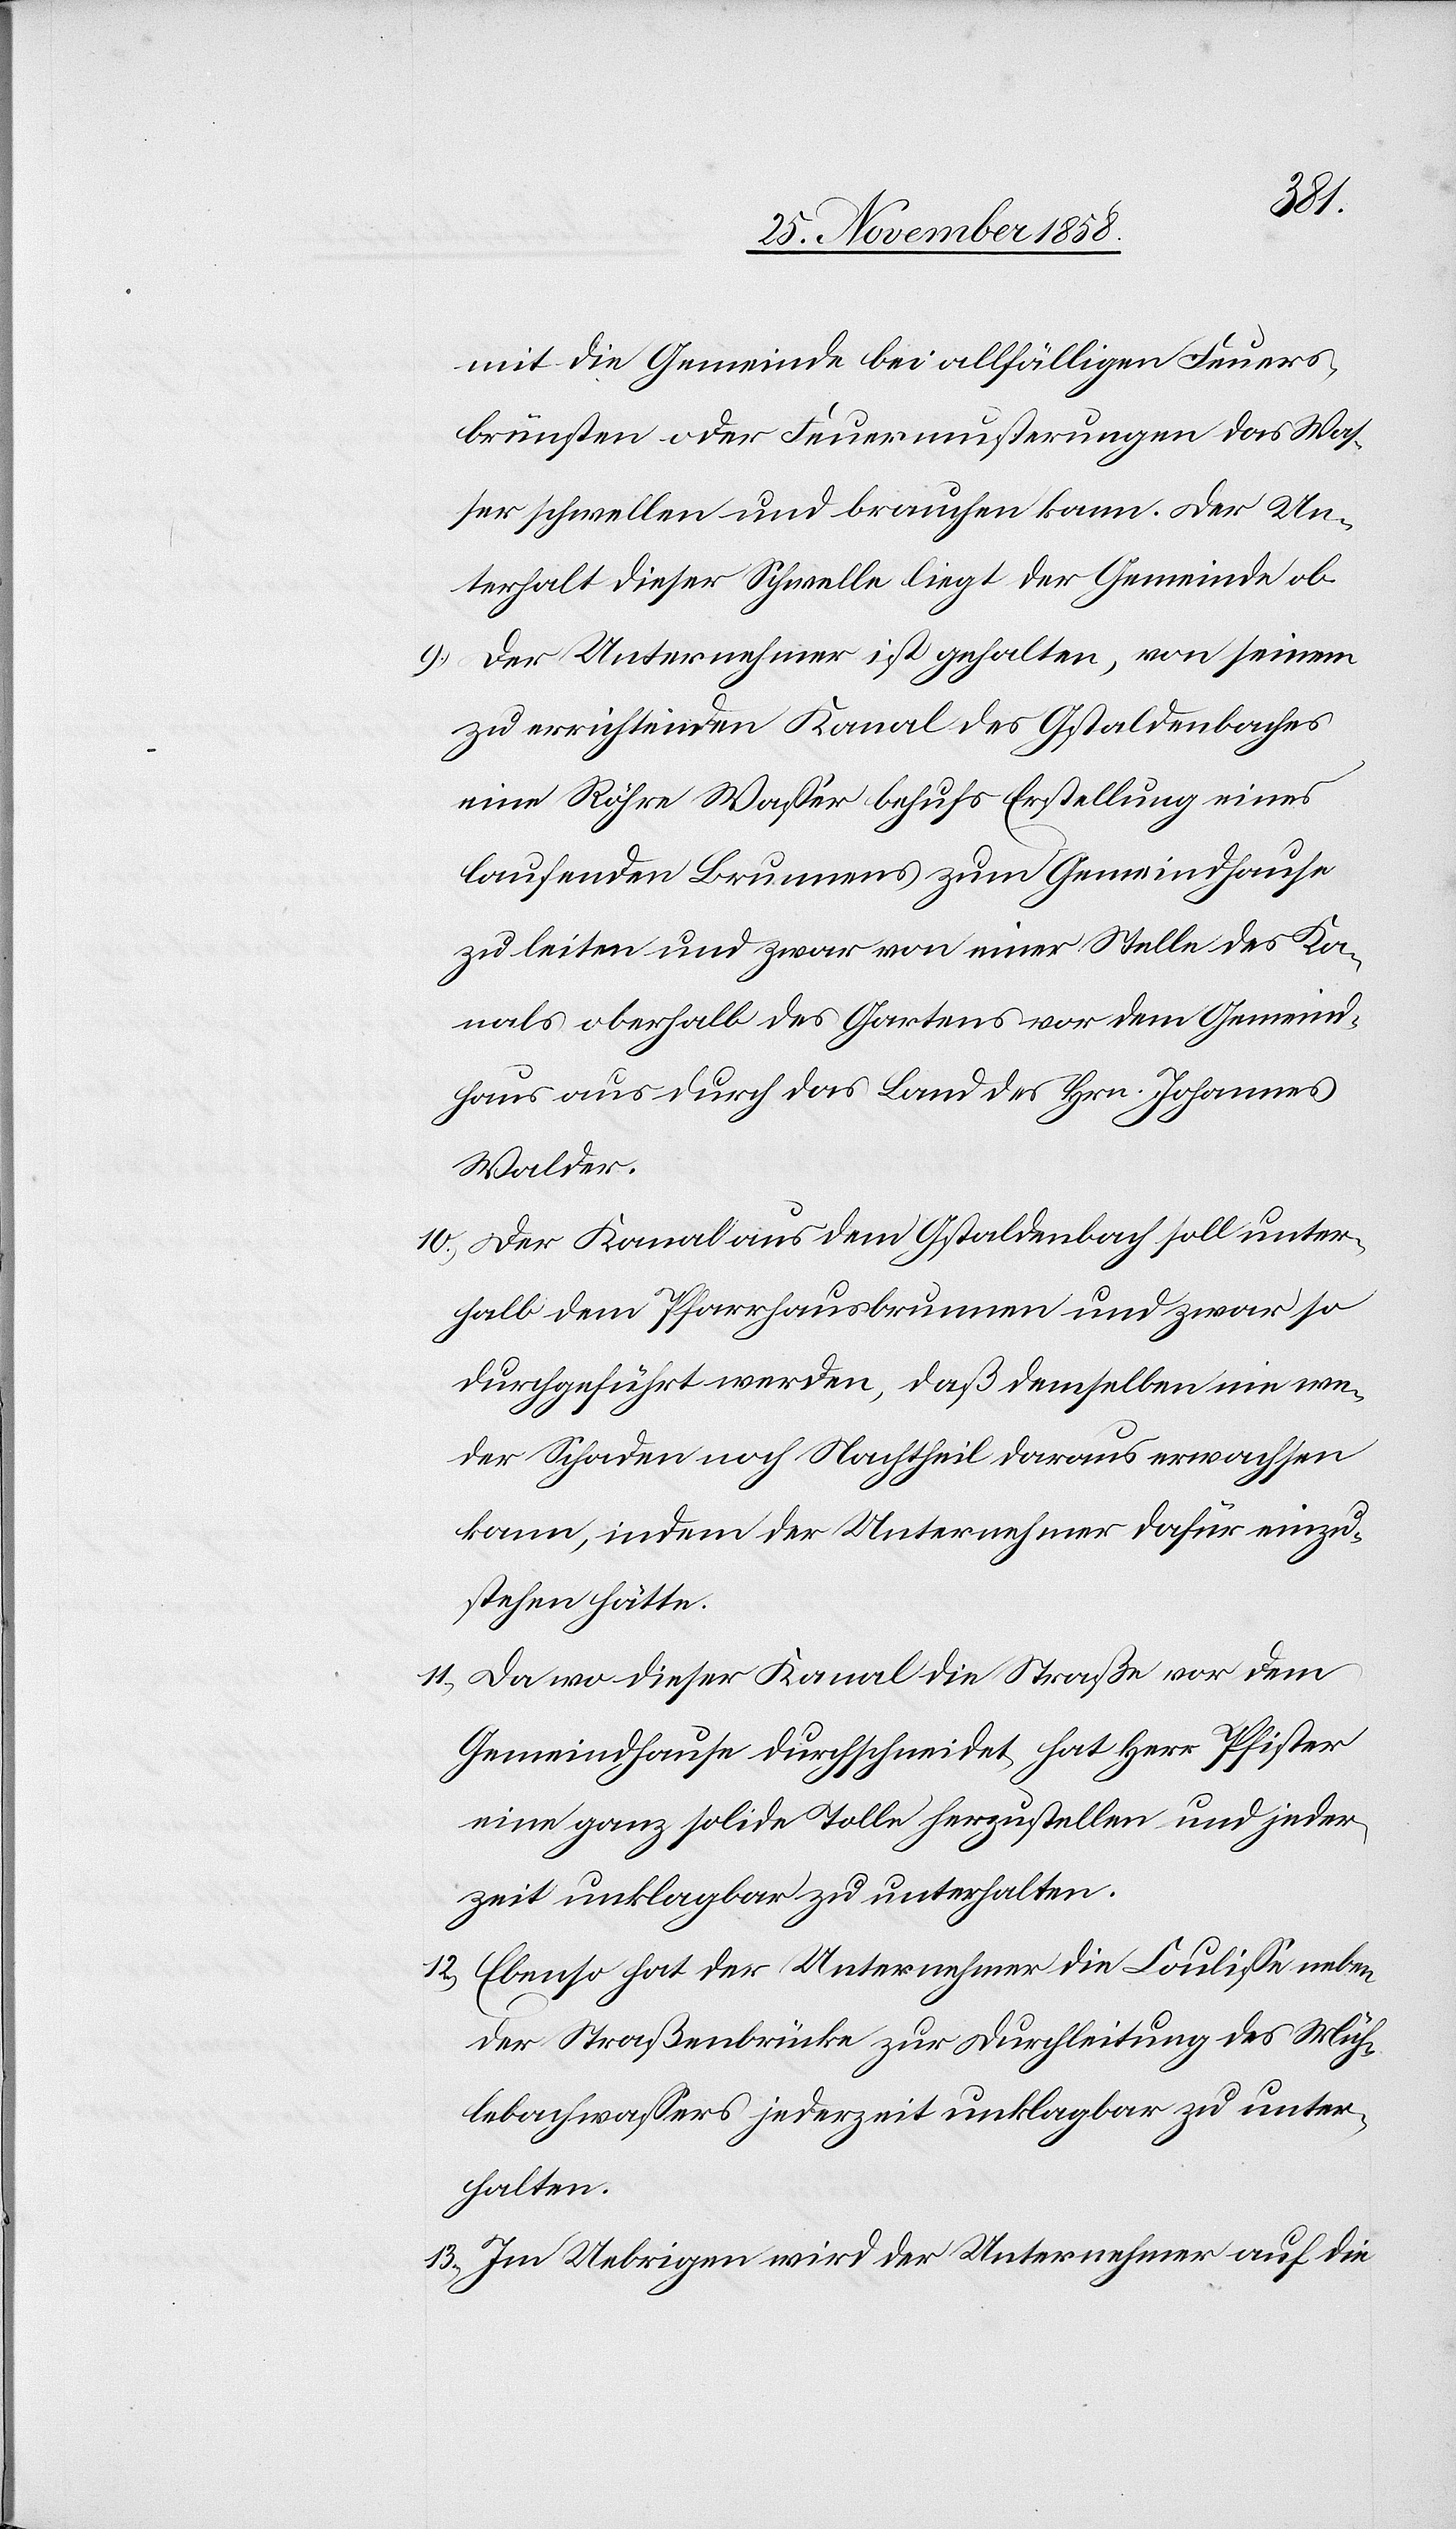
mit die Gemeinde bei allfälligen Feuers¬
brünsten oder Feuermusterungen das Was¬
ser schwellen und brauchen kann. Der Un¬
terhalt dieser Schwelle liegt der Gemeinde ob.
Der Unternehmer ist gehalten, von seinem
zu errichtenden Kanal des Gstaldenbaches
eine Röhre Wasser behufs Erstellung eines
laufenden Brunnens zum Gemeindhause
zu leiten und zwar von einer Stelle des Ka¬
nals oberhalb des Gartens vor dem Gemeind¬
haus aus durch das Land des Hrn. Johannes
Walder.
Der Kanal aus dem Gstaldenbach soll unter¬
halb dem Pfarrhausbrunnen und zwar so
durchgeführt werden, daß demselben nie we¬
der Schaden noch Nachtheil daraus erwachsen
kann, indem der Unternehmer dafür einzu¬
stehen hätte.
Da wo dieser Kanal die Straße vor dem
Gemeindhause durchschneidet, hat Herr Pfister
eine ganz solide Tolle herzustellen und jeder¬
zeit unklagbar zu unterhalten.
Ebenso hat der Unternehmer die Coulisse neben
der Straßenbrücke zur Durchleitung des Müh¬
lebachwassers jederzeit unklagbar zu unter¬
halten.
Im Uebrigen wird der Unternehmer auf die